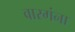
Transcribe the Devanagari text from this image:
वारगंना